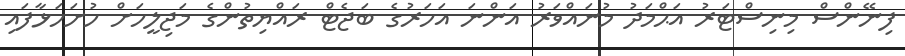
ފިނޭންސް މިނިސްޓަރު އަޙްމަދު މުނައްވަރު އަންނަ އަހަރުގެ ބަޖެޓް ރައްޔިތުންގެ މަޖިލީހަށް ހުށަހަޅާފައި